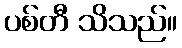
ပစ်တီ သိသည်။